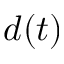
d ( t )